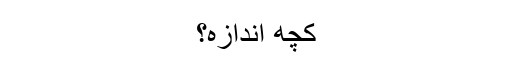
کچھ اندازہ؟